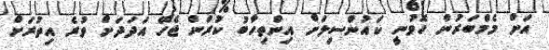
އަށް މެމްބަރުން ހޮވުނީ ކައުންސިލަށް އިންތިހާބު ކުރަން ޖެހޭ އަދަދަށް ވުރެ އިތުރަށް